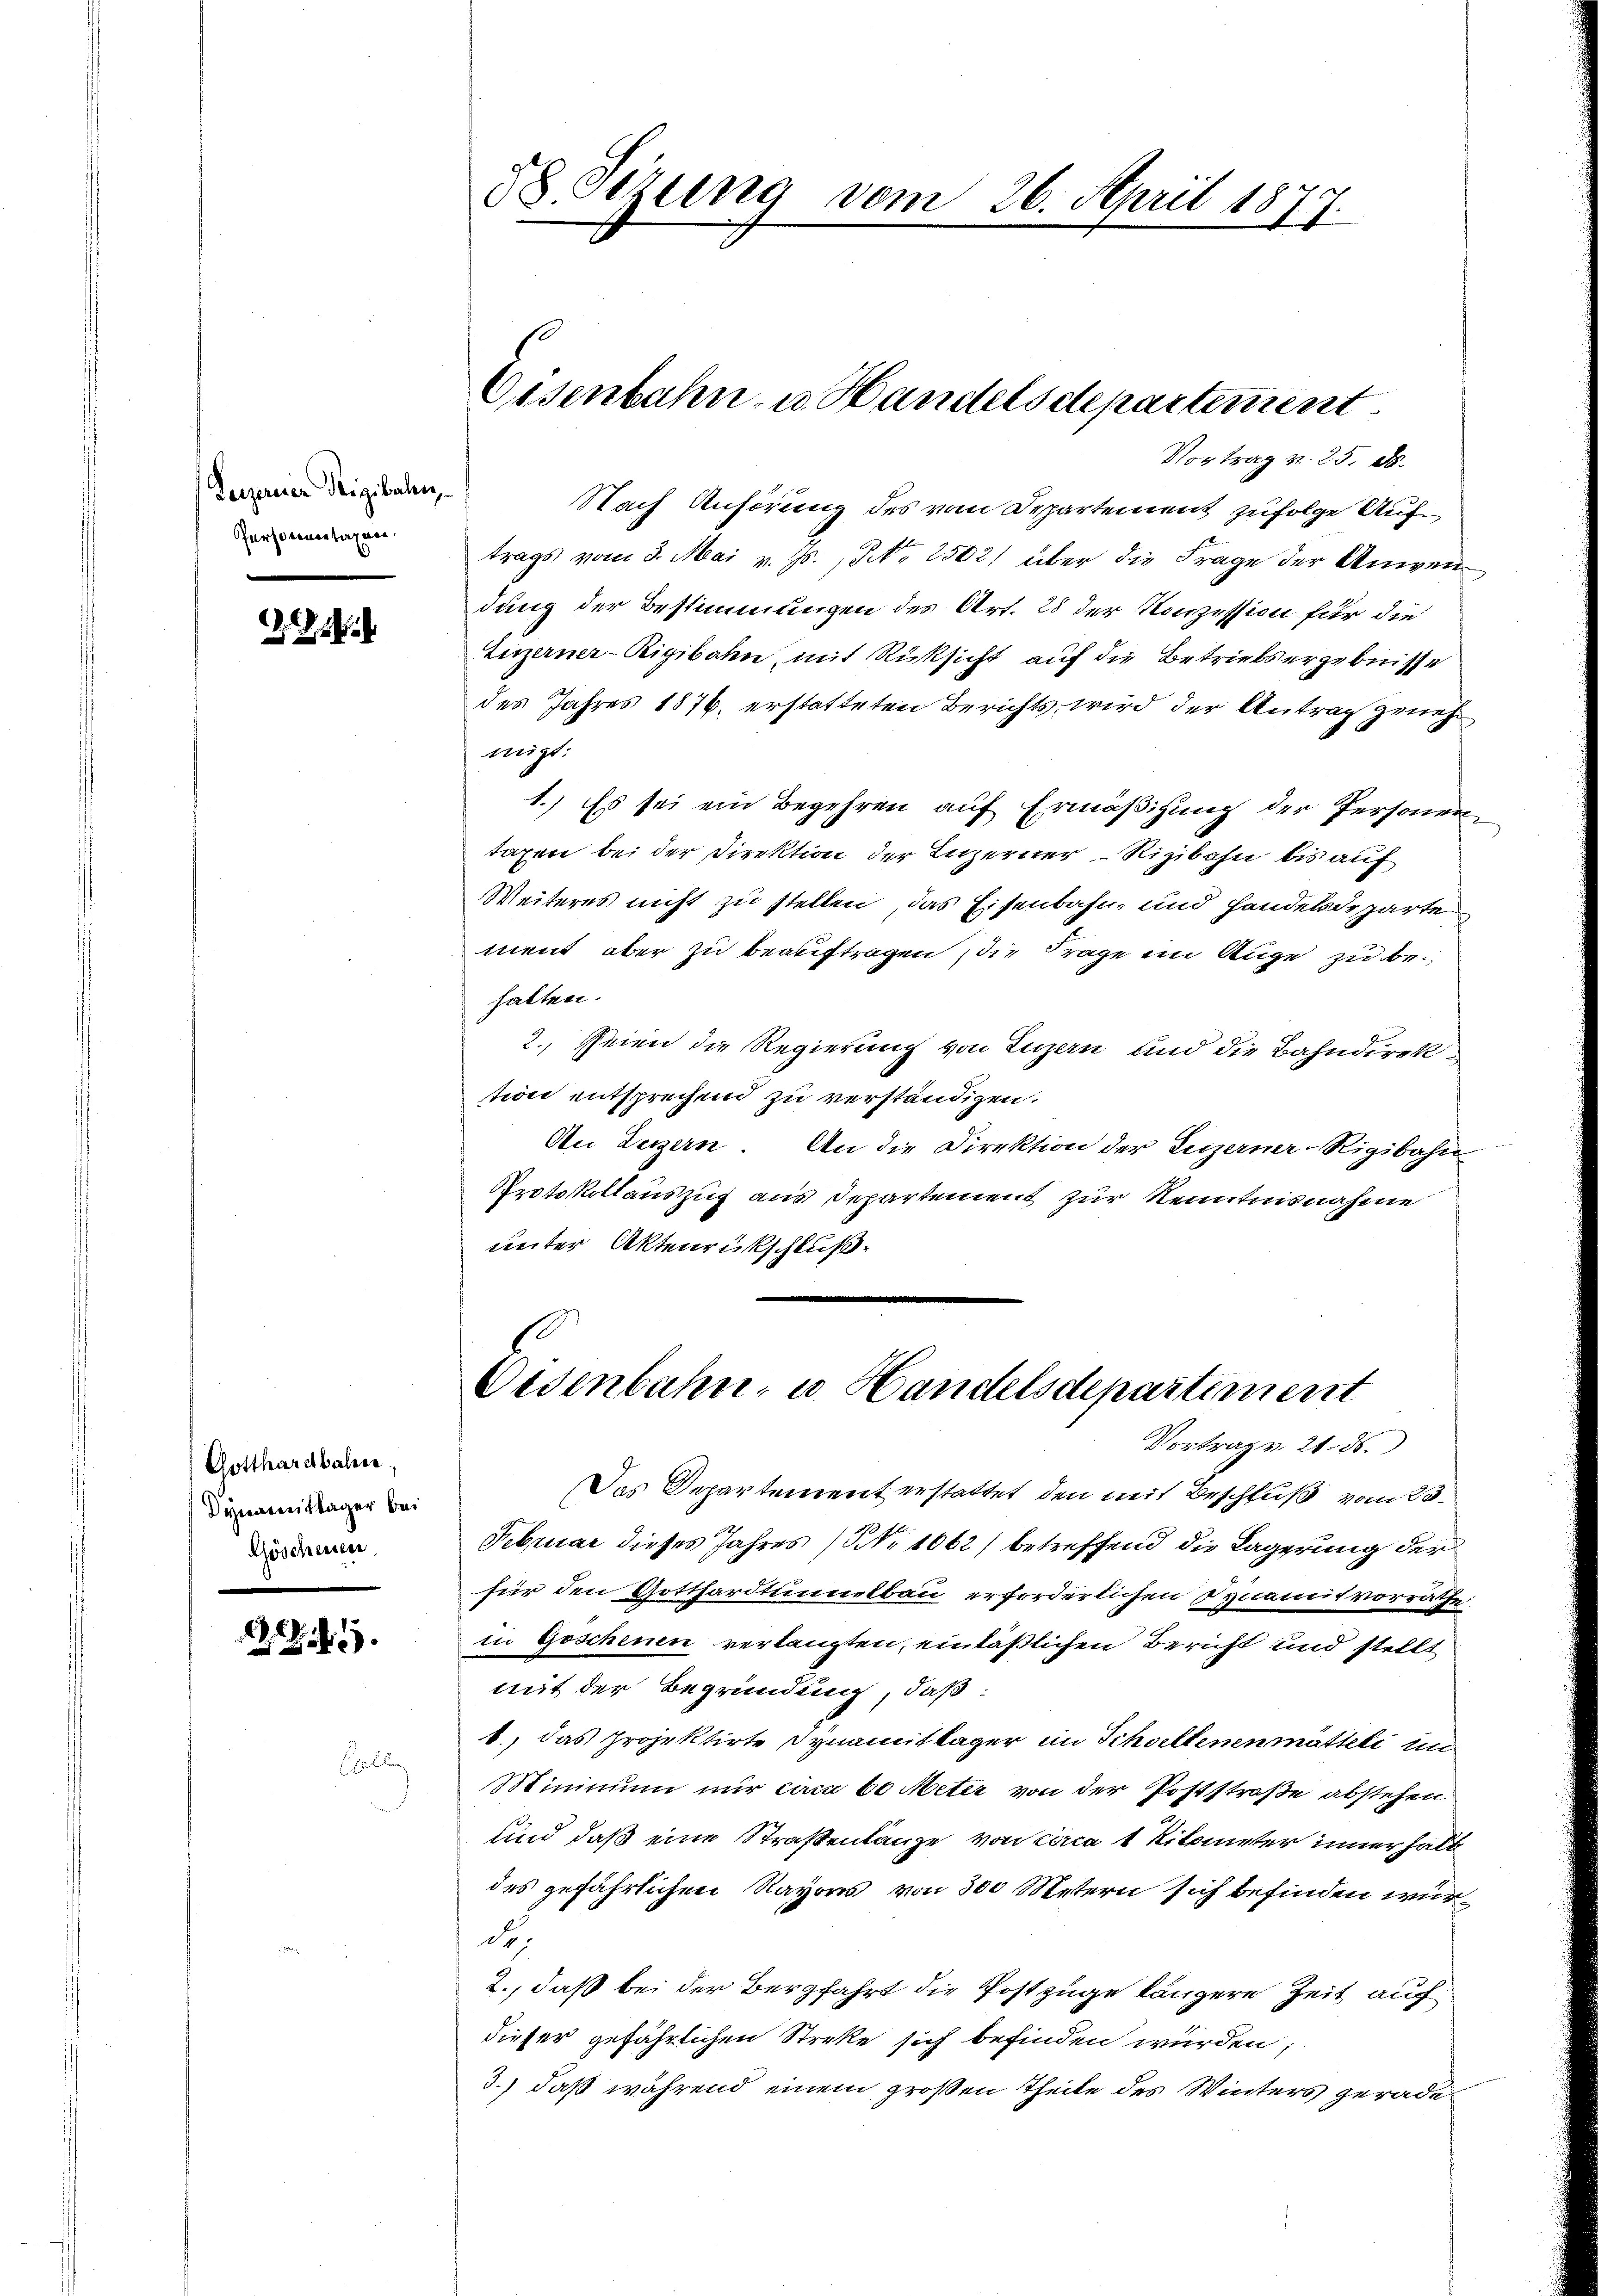
Verzener Teigibalen,
Personenstagen.
e

.

Gotthardbahnen.
Sywaimittager bei
Göschensen

1.

Nach Anhörung des von Departement zufolge Auftrags vom 3. Mai v. Js., N. 2502) über die Frage der Anwendung der Bestimmungen des Art. 28 der Konzession für die
Luzerner-Rigibahn, mit Rücksicht auf die Betriebsergebnisse
des Jahres 1876. erstatteten Berichts, wird der Antrag zunehnügt:
1.) Es sei ein Begehren auf Ermäßigung der Personen
taxen bei der Direktion der Luzerner Rigibahn bis auf
Weiteres nicht zu stellen, das Eisenbahn, und Handelsdeparte
ment aber zu beauftragen, die Frage im Auge zu behalten.
2. Seien die Regierung von Luzern und die Bahndirek
tion entsprechend zu verständigen.
An Luzern. An die Direktion der Luzerner-Rigibahn
Protokollauszug aus Departement zur Kenntnisnahme
unter Aktenrückschluß
Eisenbahn- u. Handelsdepartiment
Vortrag v. 21. 8.
Das Departement erstattet, den mit Beschluß vom 23.
Februar dieses Jahres (Nr. 1062) betreffend die Lagerung der
für den Gotthardtunnelbau erforderlichen Synamit vorräthe
in Goschenen verlangten, einläßlichen Bericht und stellt
mit der Begründung, daß:
1., das Projektirte Synamittager im Schultenenmattete im
Minimum nur ca 60 Meter von der Poststraße abstehen
sind daß eine Straßenlange von circa 1 Kilometer innerhalb
des gefährlichen Rayons von 300 Metern sich befinden würd
2., daß bei der Bergfahrt die Postzüge längere Zeit auf
dieser gefährlichen Streke sich befinden würden;
3.) daß während einem großen Theile des Winters gerade¬

58 Sizung vom 26. April 1877.

Eisenbahn- u. Handelsdepartement
Vortrag v. 25. d.